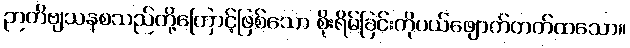
ဉာတိဗျသနစသည်တို့ကြောင့်ဖြစ်သော စိုးရိမ်ခြင်းကိုပယ်ဖျောက်တတ်ထသော။